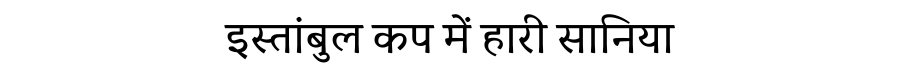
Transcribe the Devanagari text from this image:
इस्तांबुल कप में हारी सानिया